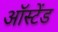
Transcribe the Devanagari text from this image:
ऑस्टेंड